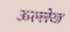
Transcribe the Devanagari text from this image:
ऊल्लेख